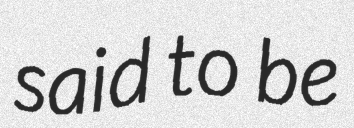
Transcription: said to be